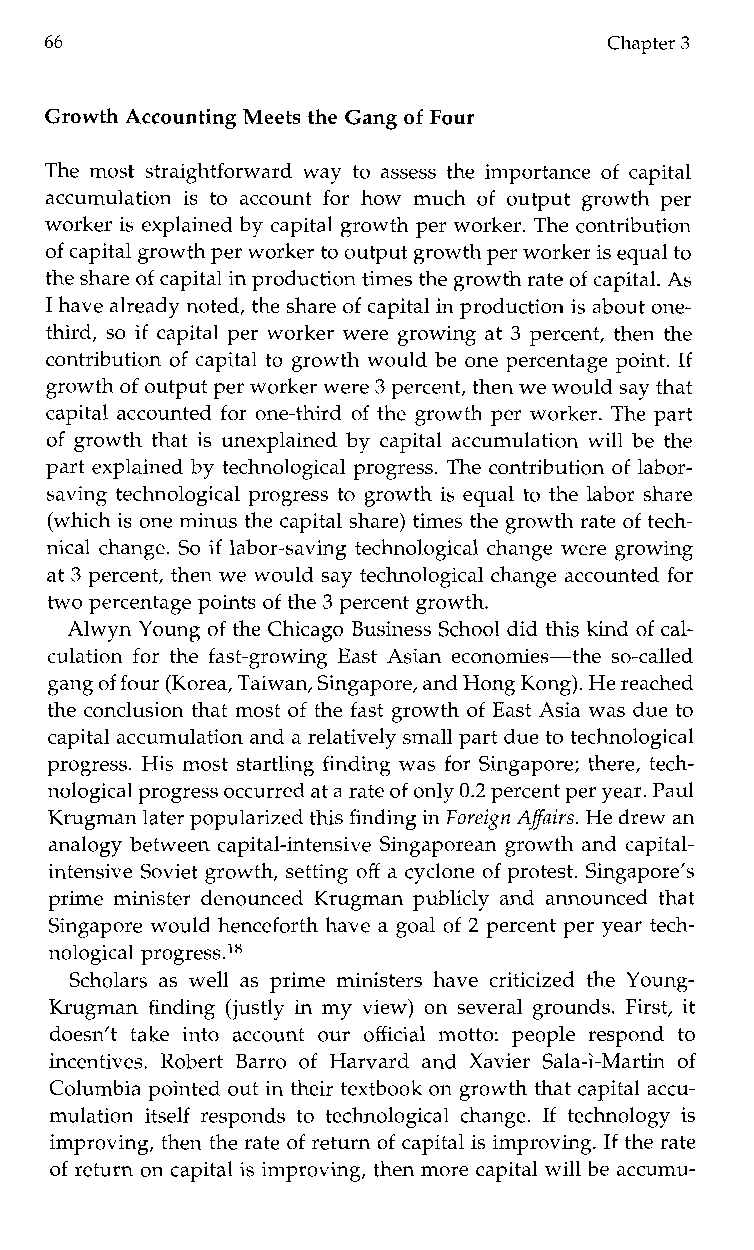
66                                   Chapter 3
 Growth Accounting Meets the Gang of Four
 The most straightforward way to assess the importance of capital
 accumulation is to account for howm uch of output growth per
 worker is explained by capital growth per worker. The contribution
 of capital growth per workerto output growth per worker is equal to
 the share of capital in productiont imes the growth rateo f capital. As
 I have alreadyn oted, the share of capital in production is about one-
 third, so if capital per worker were growing at 3 percent, then the
 contribution of capital to growth would be one percentage point. If
 growth of output perw orker were 3 percent, then we would say that
 capital accounted for one-third of the growth per worker. The part
 of growth that is unexplained by capital accumulation will be the
 part explained by technological progress. The contribution of labor-
 saving technological progress to growth is equal to the labor share
 (which is one minus the capital share) times the growth rate of tech-
 nical change. So if labor-saving technological change were growing
 at 3 percent, then we would say technological change accounted for
 two percentage points of the 3 percent growth.
 Alwyn Young of the Chicago Business School did this kind of cal-
 culation for the fast-growing East Asian economies-the so-called
 gang of four (Korea, Taiwan, Singapore, and HongK ong). He reached
 the conclusion that most of the fast growth of East Asia was due to
 capital accumulation and a relatively small part due to technological
 progress. His most startling finding was for Singapore; there, tech-
 nological progress occurred at a rate of only 0.2 percent per year. Paul
 Krugman later popularized this finding in Foreign Afairs. He drew an
 analogy between capital-intensive Singaporean growth and capital-
 intensive Soviet growth, setting off a cyclone of protest. Singapore’s
 prime minister denounced Krugman publicly and announced that
 Singapore would henceforth have a goal of 2 percent per year tech-
 nological progress.18
 Scholars as well as prime ministers have criticized the Young-
 Krugman finding (justly in my view) on several grounds. First, it
 doesn’t take into account our official motto: people respond to
 incentives. RobertB arro of Harvarda nd Xavier Sala-i-Martin of
 Columbia pointed out in their textbook on growth that capital accu-
 mulation itself responds to technological change. If technology is
 improving, then the rate of return of capital is improving. If the rate
 of return on capital is improving, then more capital will be accumu-